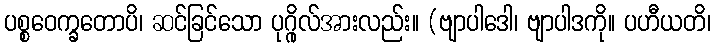
ပစ္စဝေက္ခတောပိ၊ ဆင်ခြင်သော ပုဂ္ဂိုလ်အားလည်း။ (ဗျာပါဒေါ၊ ဗျာပါဒကို။ ပဟီယတိ၊